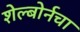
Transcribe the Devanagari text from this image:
शेल्बोर्नचा